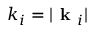
k _ { i } = | \textbf { k } _ { i } |